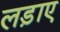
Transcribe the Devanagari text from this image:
लड़ाए